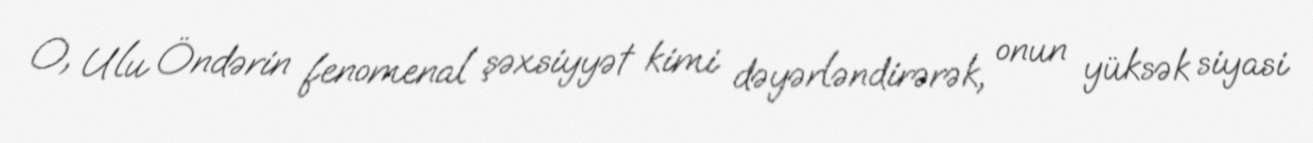
O, Ulu Öndərin fenomenal şəxsiyyət kimi dəyərləndirərək, onun yüksək siyasi